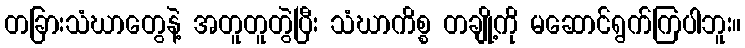
တခြားသံဃာတွေနဲ့ အတူတူတွဲပြီး သံဃာကိစ္စ တချို့ကို မဆောင်ရွက်ကြပါဘူး။